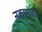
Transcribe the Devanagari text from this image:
नकामोतो